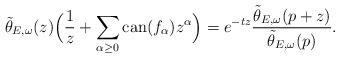
LaTeX: \begin{align*}\tilde\theta_{E,\omega}(z)\Big({1\over z}+\sum_{\alpha\geq 0}\mathrm{can}(f_\alpha) z^\alpha\Big)=e^{-tz}{\tilde\theta_{E,\omega}(p+z)\over\tilde\theta_{E,\omega}(p)}. \end{align*}